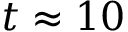
t \approx 1 0